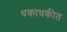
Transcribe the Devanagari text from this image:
धकाधकीत